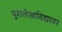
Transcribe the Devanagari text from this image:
पुरालेखविद्यावर